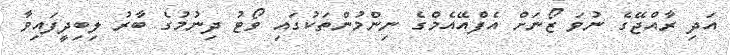
އަދި ރާއްޖޭގެ ނުވަ ޒޯނަށް އެފްއޭއެމްގެ ނިންމުންތަކުގައި ވޯޓު ދިނުމުގެ ބާރު ލިބިދީފައިވާ